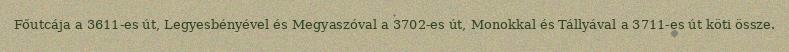
Főutcája a 3611-es út, Legyesbényével és Megyaszóval a 3702-es út, Monokkal és Tállyával a 3711-es út köti össze.